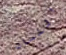
اللسان